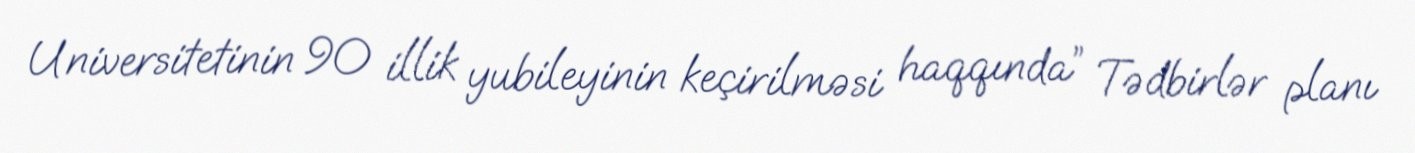
Universitetinin 90 illik yubileyinin keçirilməsi haqqında” Tədbirlər planı